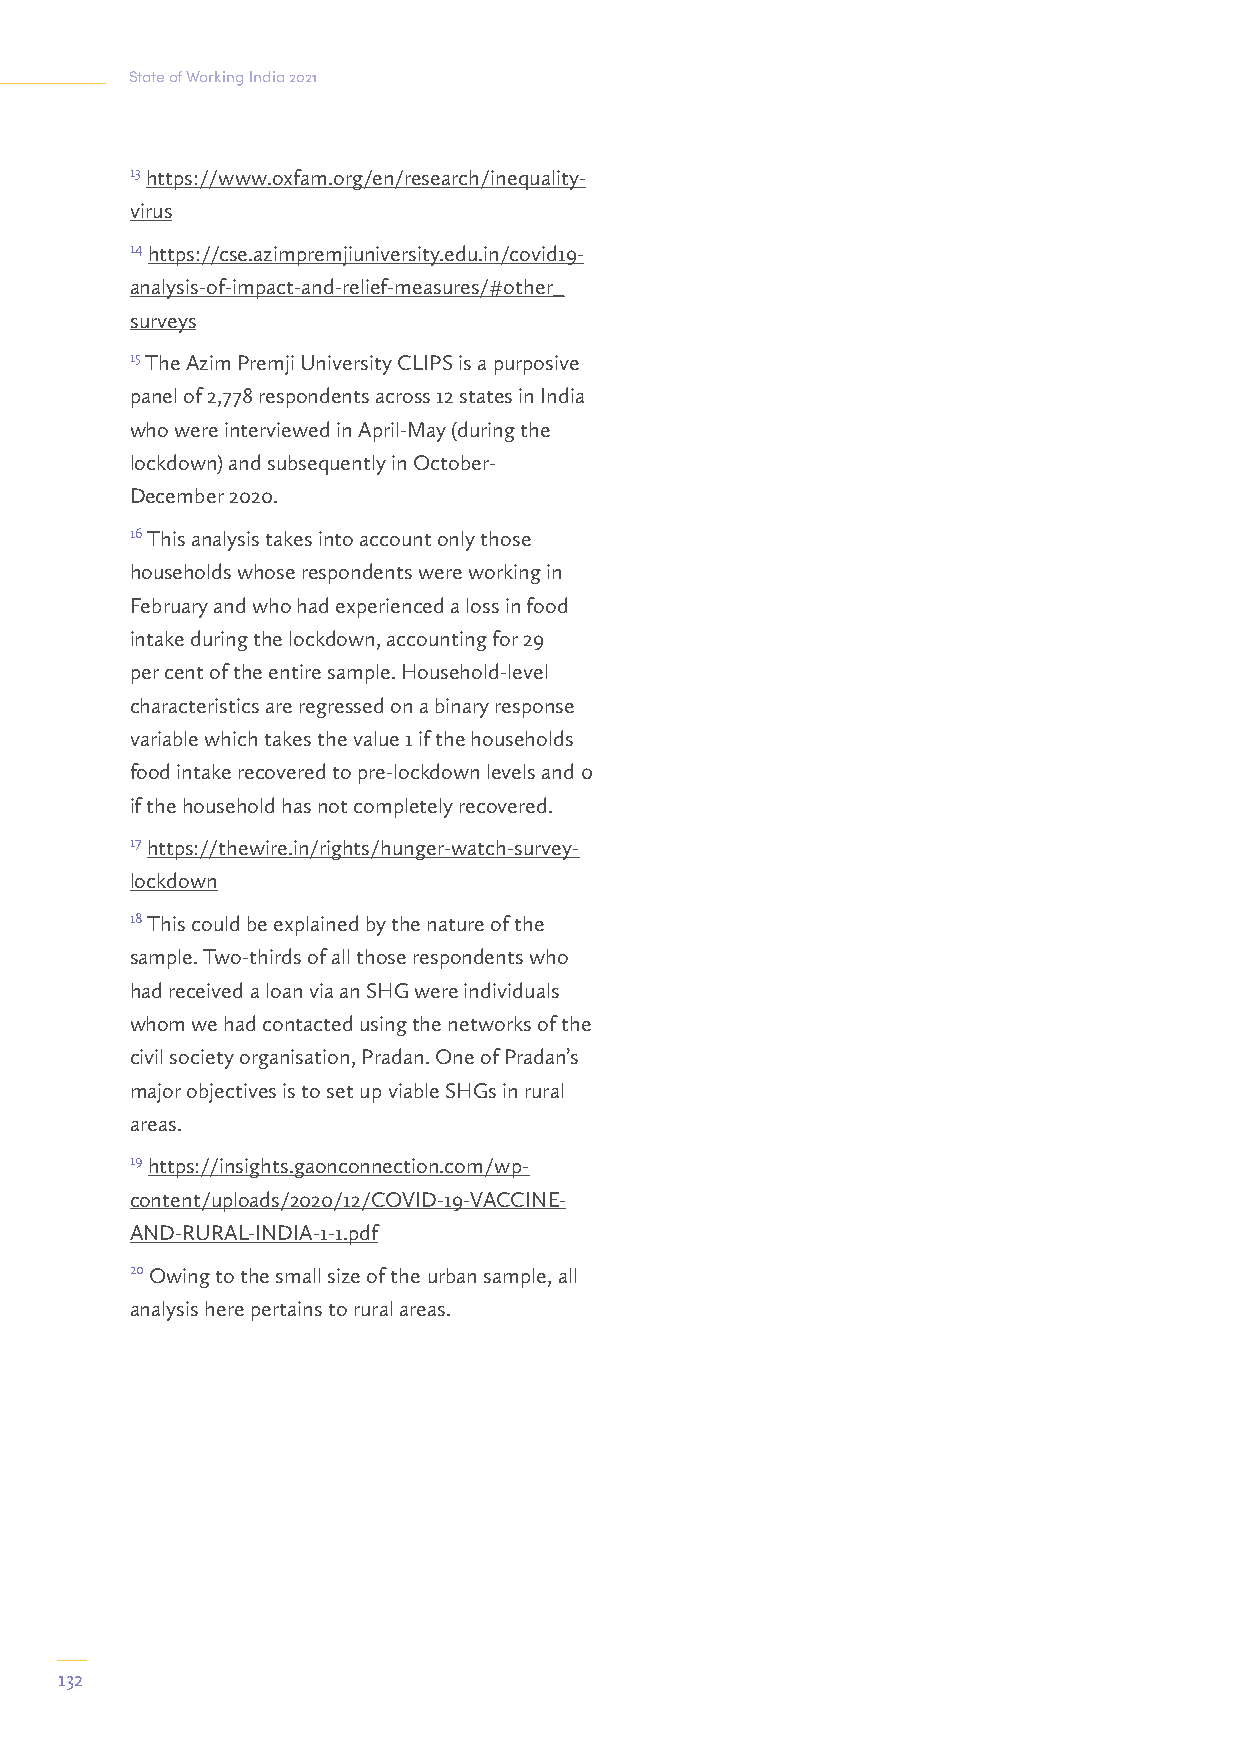
State of Working India 2021
 13 https://www.oxfam.org/en/research/inequality-
 virus
 14 https://cse.azimpremjiuniversity.edu.in/covid19-
 analysis-of-impact-and-relief-measures/#other_
 surveys
 15 The Azim Premji University CLIPS is a purposive
 panel of 2,778 respondents across 12 states in India
 who were interviewed in April-May (during the
 lockdown) and subsequently in October-
 December 2020.
 16 This analysis takes into account only those
 households whose respondents were working in
 February and who had experienced a loss in food
 intake during the lockdown, accounting for 29
 per cent of the entire sample. Household-level
 characteristics are regressed on a binary response
 variable which takes the value 1 if the households
 food intake recovered to pre-lockdown levels and 0
 if the household has not completely recovered.
 17 https://thewire.in/rights/hunger-watch-survey-
 lockdown
 18 This could be explained by the nature of the
 sample. Two-thirds of all those respondents who
 had received a loan via an SHG were individuals
 whom we had contacted using the networks of the
 civil society organisation, Pradan. One of Pradan’s
 major objectives is to set up viable SHGs in rural
 areas.
 19 https://insights.gaonconnection.com/wp-
 content/uploads/2020/12/COVID-19-VACCINE-
 AND-RURAL-INDIA-1-1.pdf
 20 Owing to the small size of the urban sample, all
 analysis here pertains to rural areas.
 132